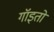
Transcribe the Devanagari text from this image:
गॉइतो